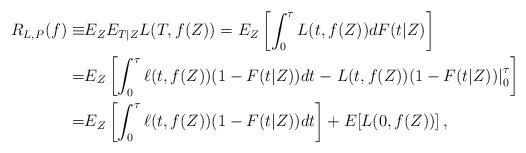
LaTeX: \begin{align*}R_{L,P}(f)\equiv & E_{Z}E_{T|Z}L(T,f(Z))= E_{Z}\left[\int_{0}^{\tau}L(t,f(Z))dF(t|Z)\right]\\= & E_{Z}\left[\int_{0}^{\tau}\ell(t,f(Z))(1-F(t|Z))dt-\left.L(t,f(Z))(1-F(t|Z))\right|_{0}^{\tau}\right]\\= & E_{Z}\left[\int_{0}^{\tau}\ell(t,f(Z))(1-F(t|Z))dt\right]+E[L(0,f(Z))]\,,\end{align*}